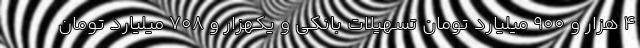
4 هزار و 900 میلیارد تومان تسهیلات بانکی و یکهزار و 708 میلیارد تومان